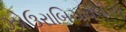
ઝોઉરાબિચવિલીએ